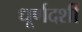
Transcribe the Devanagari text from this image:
धूर्णदर्शी